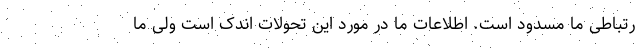
رتباطی ما مسدود است. اطلاعات ما در مورد این تحولات اندک است ولی ما